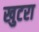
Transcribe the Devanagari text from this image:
खुटरा